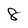
Character: 8